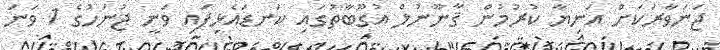
ޖަނަވާރަކަށް އަނިޔާ ކުރުމުން ޤާނޫނުލް އުގޫބާތުގައި ކަނޑައެޅިފައި ވަނީ ޖުނަހުގެ 1 ވަނަ